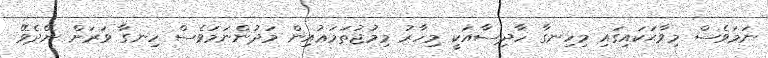
ނަމަވެސް މިވާޙަކައިގައި މިހިނގާ ހާދިސާއަކީ މިހާރު މިމުޖުތަމަޢުއިން މަދުންނަމަވެސް ހިނގާ ވަަރަށް ނޭދެވޭ